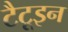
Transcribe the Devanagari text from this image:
टैटूइन